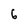
Character: 6